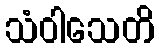
သံဝါသေတိ